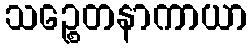
သဉ္စေတနာကာယာ